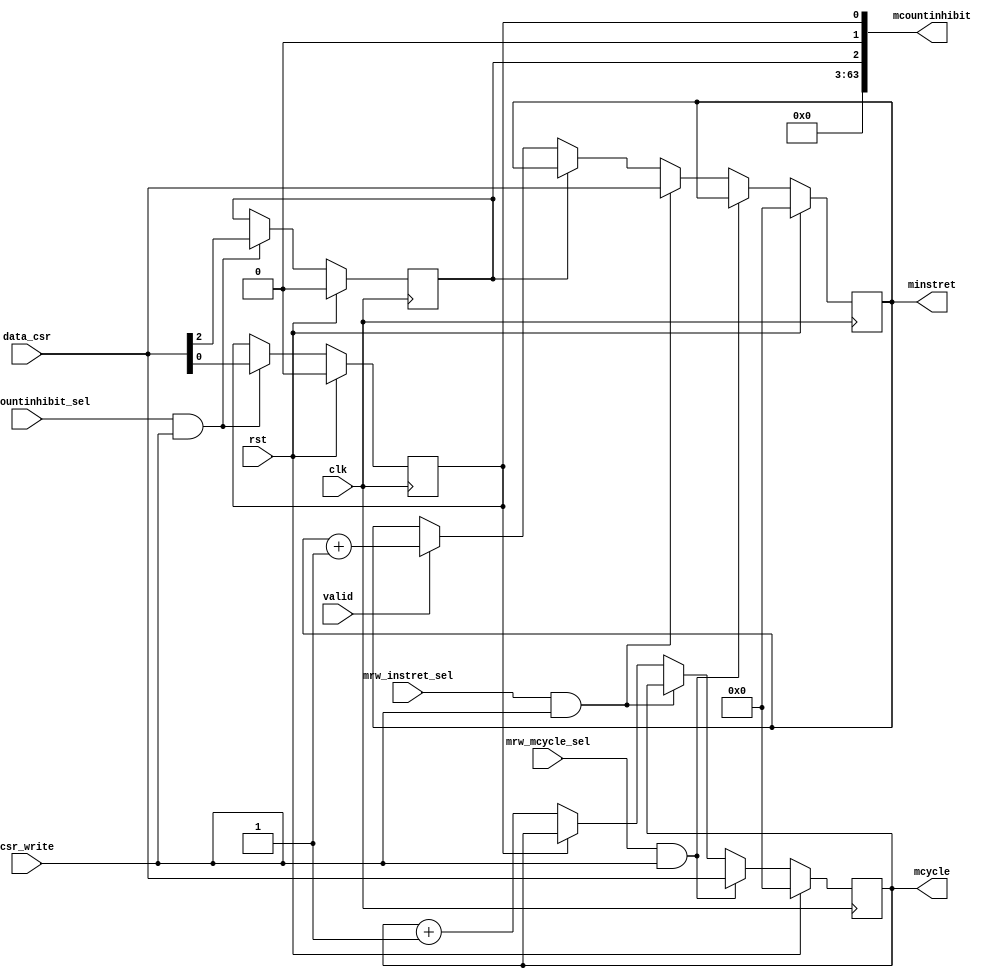
module m_cycle_event(
input wire clk,
input wire rst,

input wire valid,
//
input wire mrw_mcycle_sel,
input wire mrw_instret_sel,
input wire mrw_mcountinhibit_sel,
input wire csr_write,

input wire [63:0]data_csr,

output reg [63:0]mcycle,
output reg [63:0]minstret,
output wire [63:0]mcountinhibit

);

//mcountinhibit
reg cy;
reg ir;
//cycleinstret
//valid=1minstret+1
always@(posedge clk)begin
	if(rst)begin
		mcycle	<=	64'b0;
		minstret<= 	64'b0;
	end
	else if(mrw_mcycle_sel & csr_write)begin
		mcycle	<=	data_csr;
	end
	else if(mrw_instret_sel & csr_write)begin
		minstret<=  data_csr;
	end
	else begin
		mcycle	<=	!cy ? mcycle + 64'd1 : mcycle;
		minstret<=	!ir ? (valid ? minstret + 64'd1 : minstret) : minstret;
	end
end

always@(posedge clk)begin
	if(rst)begin
		cy	<=	1'b0;
		ir	<=	1'b0;
	end
	else if(mrw_mcountinhibit_sel & csr_write)begin
		cy	<=	data_csr[0];
		ir	<=	data_csr[2];
	end
end

assign mcountinhibit	=	{61'b0,ir,1'b0,cy};

endmodule